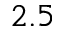
2 . 5